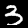
Label: 3